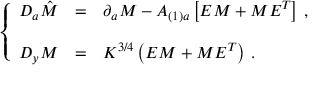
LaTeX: \left\{ \begin{array} { r c l } { { { \cal D } _ { a } \hat { \cal M } } } & { { = } } & { { \partial _ { a } { \cal M } - A _ { ( 1 ) a } \left[ { \cal E } { \cal M } + { \cal M } { \cal E } ^ { T } \right] \, , } } \\ { { } } & { { } } & { { } } \\ { { { \cal D } _ { y } { \cal M } } } & { { = } } & { { K ^ { 3 / 4 } \left( { \cal E } { \cal M } + { \cal M } { \cal E } ^ { T } \right) \, . } } \end{array} \right.